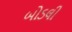
બોડલી